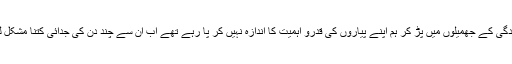
تیز رفتار زندگی کے جھمیلوں میں پڑ کر ہم اپنے پیاروں کی قدرو اہمیت کا اندازہ نہیں کر پا رہے تھے اب ان سے چند دن کی جدائی کتنا مشکل لگ رہی ہے۔